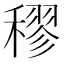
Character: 穋